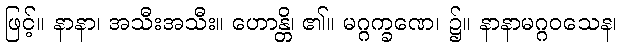
ဖြင့်။ နာနာ၊ အသီးအသီး။ ဟောန္တိ၊ ၏။ မဂ္ဂက္ခဏေ၊ ၌။ နာနာမဂ္ဂဝသေန၊